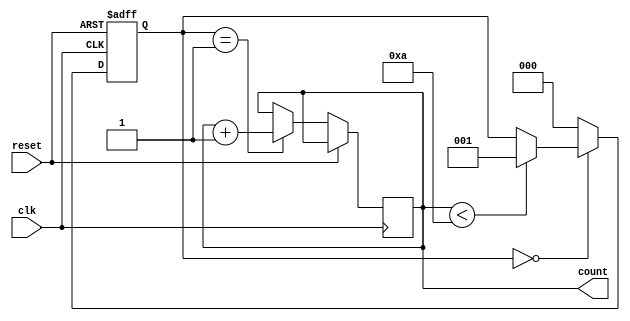
module while_loop_example(
    input wire clk,
    input wire reset,
    output reg [7:0] count
);

reg [2:0] state;

always @ (posedge clk or posedge reset)
begin
    if (reset)
        state <= 0;
    else
    begin
        case (state)
            0: begin
                if (count < 10)
                    state <= 1;
            end
            1: begin
                count <= count + 1;
                state <= 0;
            end
            default: state <= 0;
        endcase
    end
end

endmodule